Mental hospitals Bombay report 1921-28 - 1921-1928
Year: 1921
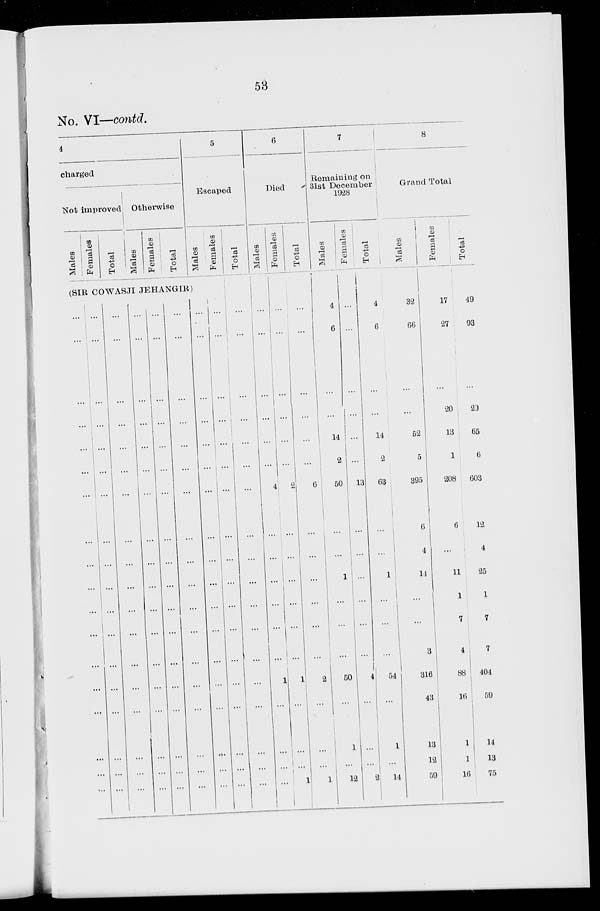
53
No. VI—contd.
4
charged
Not improved
Males
Females
Total
Otherwise
Males
Females
Total
(SIR COWASJI JEHANGIR)
...
...
...
...
...
...
...
...
...
...
...
...
...
...
...
...
...
...
...
...
...
...
...
...
...
...
...
...
...
...
...
...
...
...
...
...
...
...
...
...
...
...
...
...
...
...
...
...
...
...
...
...
...
...
...
...
...
...
...
...
...
...
...
...
...
...
...
...
...
...
...
...
...
...
...
...
...
...
...
...
...
...
...
...
...
...
...
...
...
...
...
...
...
...
...
...
...
...
...
...
...
...
...
...
...
...
...
...
5
Escaped
Males
...
...
...
...
...
...
...
...
...
...
...
...
...
...
...
...
...
...
Females
...
...
...
...
...
...
...
...
...
...
...
...
...
...
...
...
...
...
Total
...
...
...
...
...
...
...
...
...
...
...
...
...
...
...
...
...
...
6
Died
Males
...
...
...
...
...
...
4
...
...
...
...
...
...
1
...
...
...
...
Females
...
...
...
...
...
...
2
...
...
...
...
...
...
1
...
...
...
1
Total
...
...
...
...
...
...
6
...
...
...
...
...
...
2
...
...
...
1
7
Remaining on
31st December
1928
Males
4
6
...
...
14
2
50
...
...
1
...
...
...
50
...
1
...
12
Females
...
...
...
...
...
...
13
...
...
...
...
...
...
4
...
...
...
2
Total
4
6
...
...
14
2
63
...
...
1
...
...
...
54
...
1
...
14
8
Grand Total
Males
32
66
...
...
52
5
395
6
4
14
...
...
3
316
43
13
12
59
Females
17
27
...
20
13
1
208
6
...
11
1
7
4
88
16
1
1
16
Total
49
93
...
20
65
6
603
12
4
25
1
7
7
404
59
14
13
75